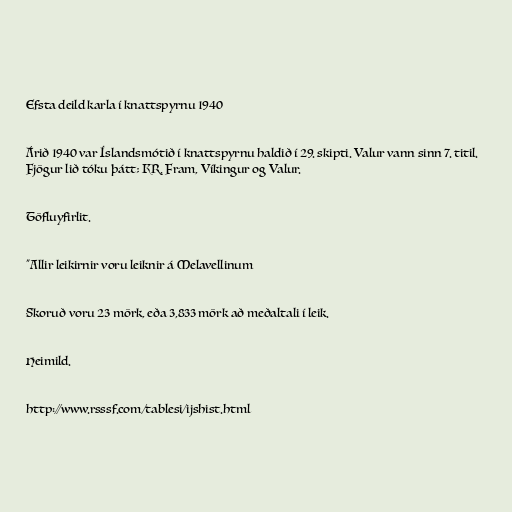
Efsta deild karla í knattspyrnu 1940

Árið 1940 var Íslandsmótið í knattspyrnu haldið í 29. skipti. Valur vann sinn 7. titil.
Fjögur lið tóku þátt; KR, Fram, Víkingur og Valur.

Töfluyfirlit.

"Allir leikirnir voru leiknir á Melavellinum

Skoruð voru 23 mörk, eða 3,833 mörk að meðaltali í leik.

Heimild.

http://www.rsssf.com/tablesi/ijshist.html